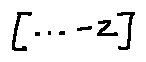
[ \cdots - z ]